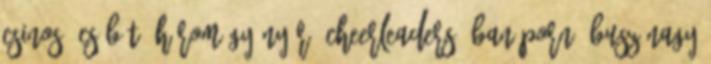
csinos, csábító Három Gyönyörű Cheerleaders -ban Porn Busz Nagy